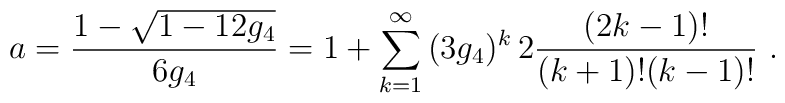
a= \frac{1-\sqrt{1-12g_4}}{6g_4}=1+\sum_{k=1}^{\infty}\,(3g_4)^k\, 2 \frac{(2k-1)!}{(k+1)!(k-1)!} \ .